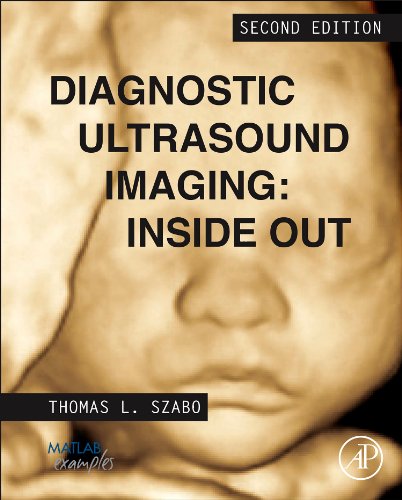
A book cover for Diagnostic Ultrasound Imaging: Inside Out, Second Edition (Biomedical Engineering); Thomas L. Szabo; Science & Math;